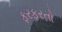
ફરફરતો